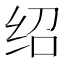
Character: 绍